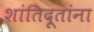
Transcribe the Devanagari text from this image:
शांतिदूतांना